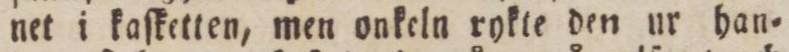
net i kaſketten, men onkeln rykte den ur han=